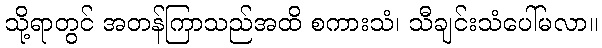
သို့ရာတွင် အတန်ကြာသည်အထိ စကားသံ၊ သီချင်းသံပေါ်မလာ။